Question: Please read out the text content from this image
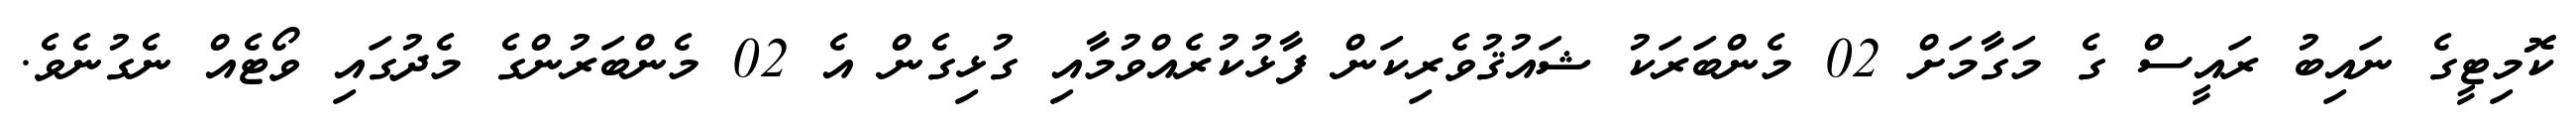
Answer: ކޮމިޓީގެ ނައިބު ރައީސް ގެ މަގާމަށް 02 މެންބަރަކު ޝައުޤުވެރިކަން ފާޅުކުރެއްވުމާއި ގުޅިގެން އެ 02 މެންބަރުންގެ މެދުގައި ވޯޓެއް ނެގުނެވެ.